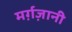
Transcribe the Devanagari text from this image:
मर्ग़ज़ानी